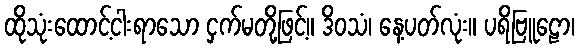
ထိုသုံးထောင့်ငါးရာသော ငှက်မတို့ဖြင့်။ ဒိဝသံ၊ နေ့ပတ်လုံး။ ပရိဗြူဠော၊